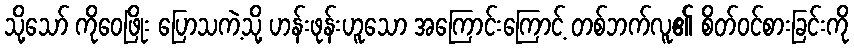
သို့သော် ကိုဝေဖြိုး ပြောသကဲ့သို့ ဟန်းဖုန်းဟူသော အကြောင်းကြောင့် တစ်ဘက်လူ၏ စိတ်ဝင်စားခြင်းကို